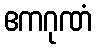
ဧကဂုဏံ